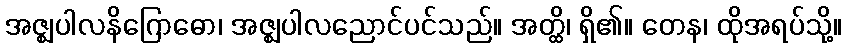
အဇ္ဈပါလနိဂြောဓော၊ အဇ္ဈပါလညောင်ပင်သည်။ အတ္ထိ၊ ရှိ၏။ တေန၊ ထိုအရပ်သို့။